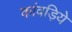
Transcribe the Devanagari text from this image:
कांवड़िये